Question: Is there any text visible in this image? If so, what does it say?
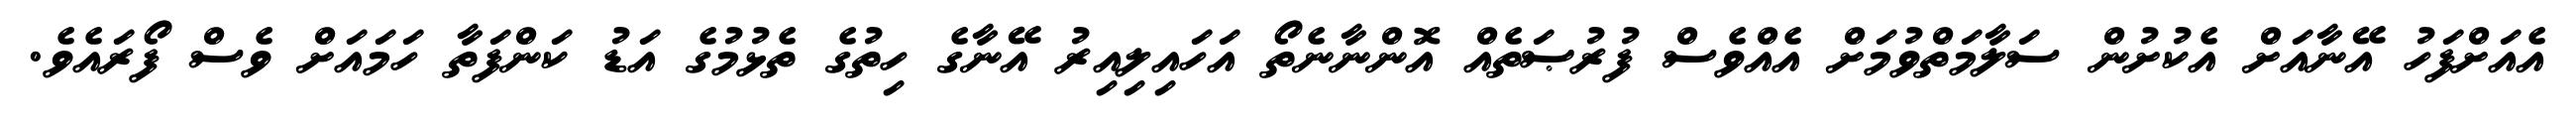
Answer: އެއަށްފަހު އޭނާއަށް އެކުށުން ސަލާމަތްވުމަށް އެއްވެސް ފުރުޞަތެއް އޮންނާނެތޯ އަހައިލިއިރު އޭނާގެ ހިތުގެ ތެޅުމުގެ އަޑު ކަންފަތާ ހަމައަށް ވެސް ފޯރައެވެ.